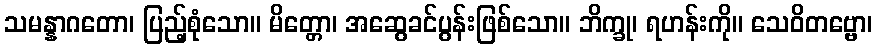
သမန္နာဂတော၊ ပြည့်စုံသော။ မိတ္တော၊ အဆွေခင်ပွန်းဖြစ်သော။ ဘိက္ခု၊ ရဟန်းကို။ သေဝိတဗ္ဗော၊